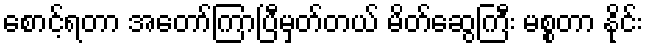
စောင့်ရတာ အတော်ကြာပြီမှတ်တယ် မိတ်ဆွေကြီး မစ္စတာ နိုင်း